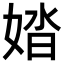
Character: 㛥